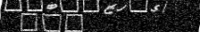
١٤٧